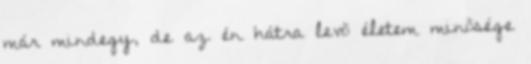
már mindegy, de az én hátra levõ életem minõsége